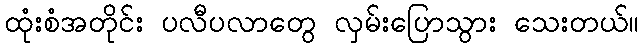
ထုံးစံအတိုင်း ပလီပလာတွေ လှမ်းပြောသွား သေးတယ်။